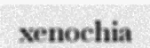
xenochia